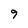
Character: 9